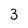
Character: 3